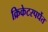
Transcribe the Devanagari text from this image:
क्रिकेटस्पर्धेत